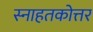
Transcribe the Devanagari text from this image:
स्नाहतकोत्तर